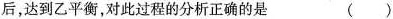
后，达到乙平衡，对此过程的分析正确的是（）